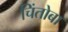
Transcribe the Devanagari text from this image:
चिंतोबा